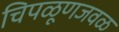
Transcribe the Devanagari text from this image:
चिपळूणजवळ